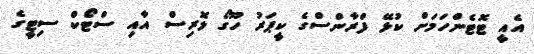
އެއީ ޓޮޓެންހަމަށް ކުޅޭ ފްރާންސްގެ ކީޕަރު ހޫގޯ ލޮރިސް އާއި ސްޓޯކް ސިޓީގެ